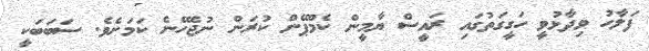
ފަލާހު ވިދާޅުވީ ހަގީގަތުގައި ރައީސް ޔާމީން ކެމްޕޭން ކުރަން ނުޖެހޭނެ ކަމަށެވެ. ސަބަބަކީ